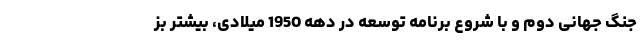
جنگ جهانی دوم و با شروع برنامه توسعه در دهه 1950 میلادی، بیشتر بز